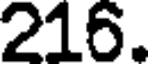
216.